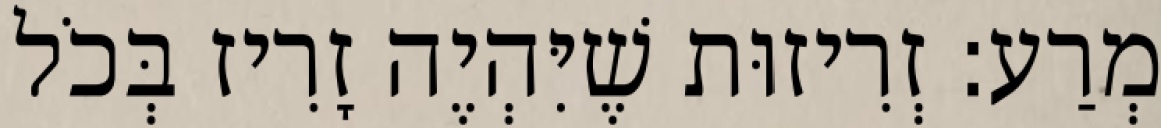
מְרַע: זְרִיזוּת שֶׁיִּהְיֶה זָרִיז בְּכֹל